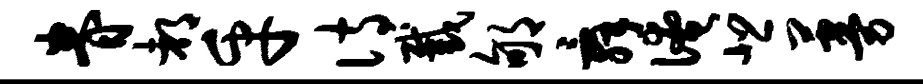
眷都乎诗截郇舜淹悲蔓